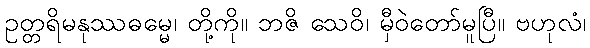
ဥတ္တရိမနုဿဓမ္မေ၊ တို့ကို။ ဘဇိ သေဝိ၊ မှီဝဲတော်မူပြီ။ ဗဟုလံ၊